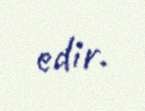
edir.